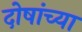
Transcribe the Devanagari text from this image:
दोषांच्या